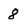
Character: 8